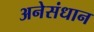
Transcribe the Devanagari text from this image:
अनेसंधान